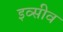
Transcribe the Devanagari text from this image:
इव्सीव